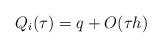
LaTeX: \begin{align*}Q_i(\tau) = q + O(\tau h)\end{align*}